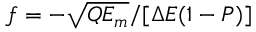
f = - \sqrt { Q E _ { m } } / [ \Delta E ( 1 - P ) ]